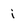
Character: i